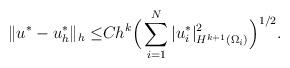
LaTeX: \begin{align*}\|u^*-u_h^*\|_{h}\leq &C h^k \Big(\sum_{i=1}^N |u^*_i|_{H^{k+1}(\Omega_i)}^2 \Big)^{1/2}.\end{align*}